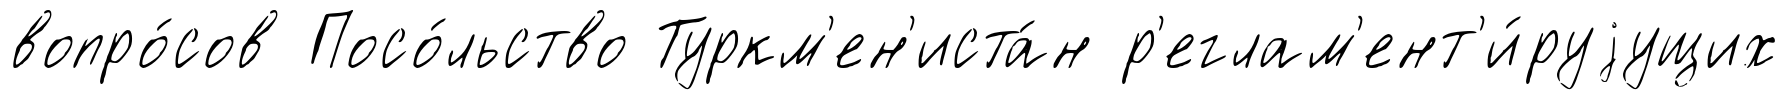
вопро́сов Посо́льство Туркм'ен'иста́н р'еглам'ент'и́руjущих